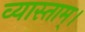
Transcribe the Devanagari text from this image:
व्यास्ताम्।